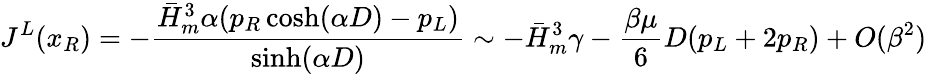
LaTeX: J^{L}(x_{R})=-{\frac{\bar{H}_{m}^{3}\alpha(p_{R}\cosh(\alpha D)-p_{L})}{\sinh(\alpha D)}}\sim-\bar{H}_{m}^{3}\gamma-{\frac{\beta\mu}{6}}D(p_{L}+2p_{R})+O(\beta^{2})